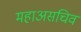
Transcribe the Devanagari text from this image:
महाअसचिव